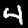
Label: 4